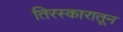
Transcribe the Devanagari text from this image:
तिरस्कारातून